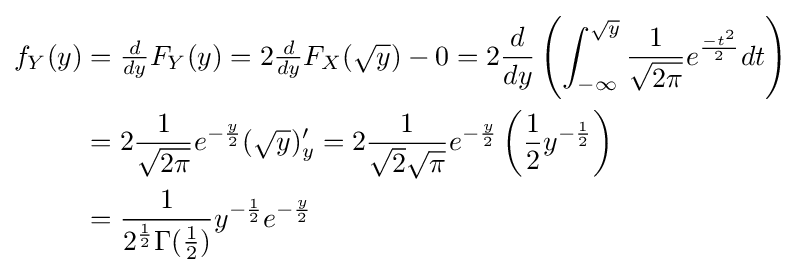
{\begin{aligned}f_{Y}(y)&={\tfrac {d}{dy}}F_{Y}(y)=2{\tfrac {d}{dy}}F_{X}({\sqrt {y}})-0=2{\frac {d}{dy}}\left(\int _{-\infty }^{\sqrt {y}}{\frac {1}{\sqrt {2\pi }}}e^{\frac {-t^{2}}{2}}dt\right)\\&=2{\frac {1}{\sqrt {2\pi }}}e^{-{\frac {y}{2}}}({\sqrt {y}})'_{y}=2{\frac {1}{{\sqrt {2}}{\sqrt {\pi }}}}e^{-{\frac {y}{2}}}\left({\frac {1}{2}}y^{-{\frac {1}{2}}}\right)\\&={\frac {1}{2^{\frac {1}{2}}\Gamma ({\frac {1}{2}})}}y^{-{\frac {1}{2}}}e^{-{\frac {y}{2}}}\end{aligned}}